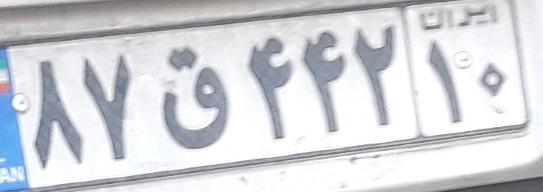
۸۷ق۴۴۲۱۰